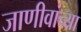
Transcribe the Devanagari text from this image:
जाणीवांच्या